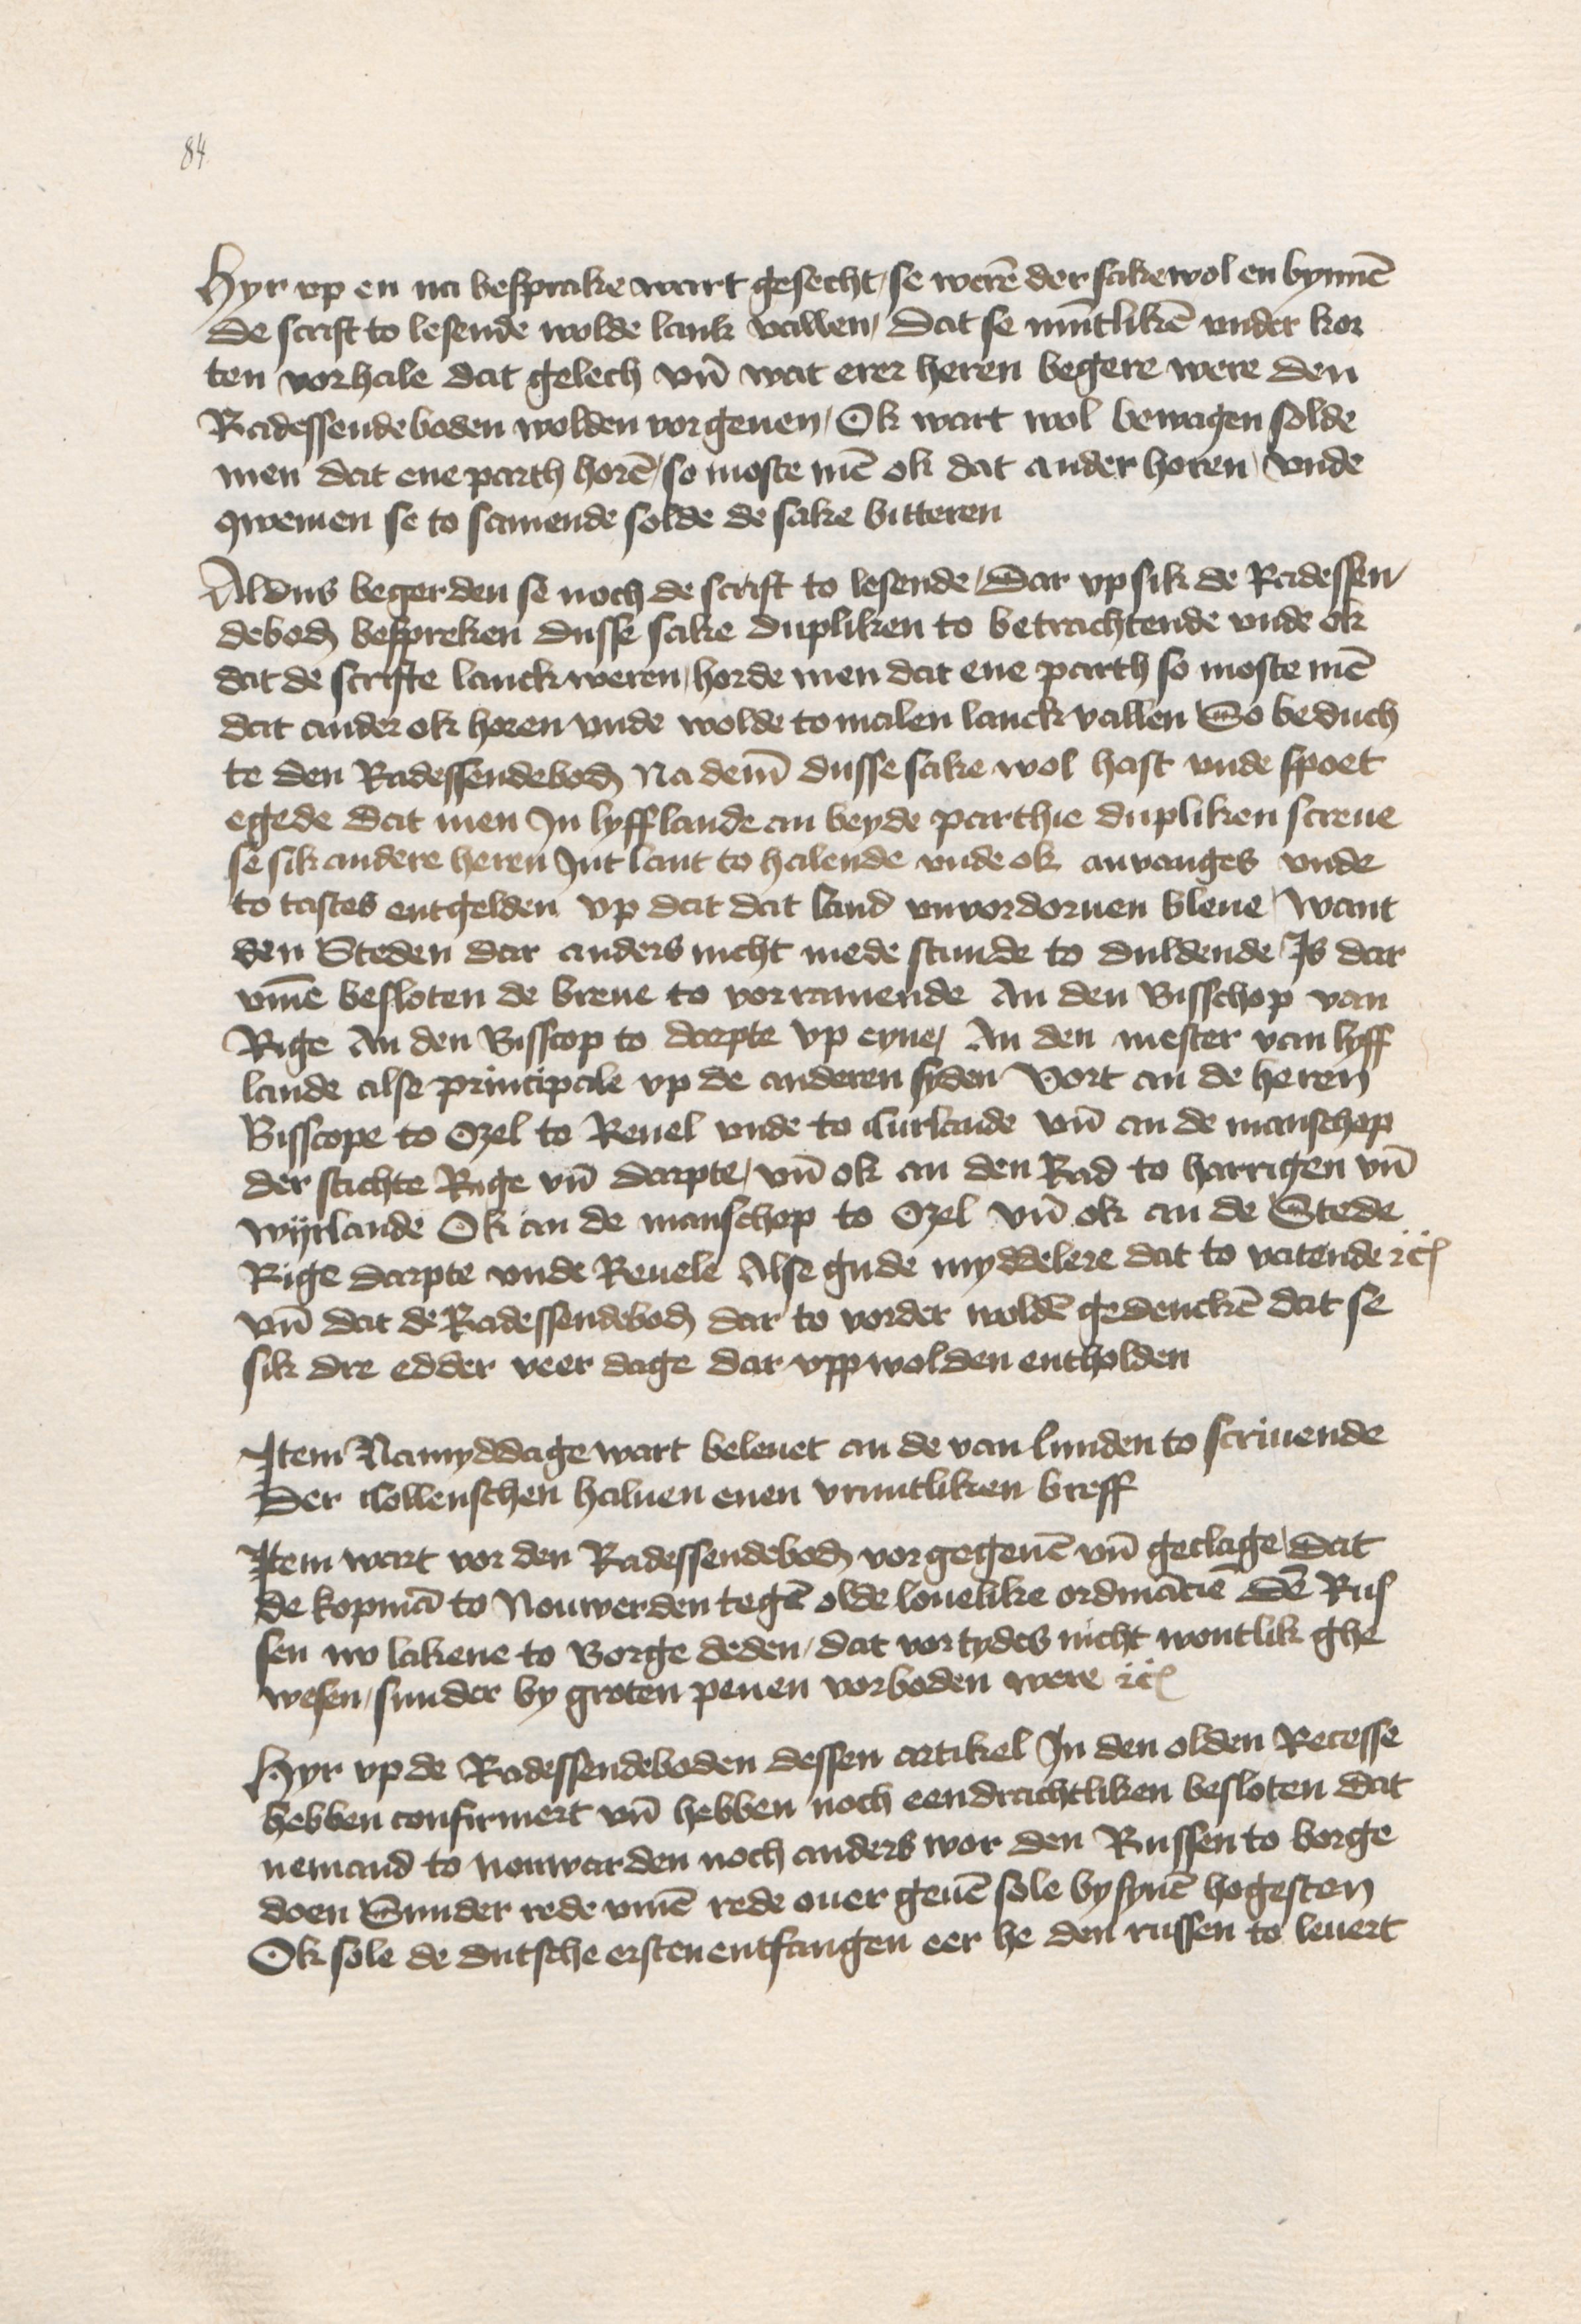
Hyr vp en na besprake wart gesecht, se weren der sake wol en bynnen
de scrift to lesende wolde lank vallen, dat se muntliken vnder kor¬
ten vorhale dat gelech vnd wat erer heren begere were den
Radessendeboden wolden vorgeuen, Ok wart wol bewagen solde
men dat ene parth horen so moste men ok dat ander horen, vnde
qwemen se to samende solde de sake bitteren

Aldus begerden se noch de scrift to lesende, dar vp sik de Radessen¬
deboden bespreken dusse sake dupliken to betrachtende vnde ok
dat de scrifte lanck weren, horde men dat ene parth so moste men
dat ander ok horen vnde wolde to malen lanck vallen So beduch¬
te den Radessendeboden na deme dusse sake wol hast vnde spoet
egede dat men Jn Lyfflande an beyde parthie dupliken screue
se sik andere heren Jnt lant to halende vnde ok anvanges vnde
to tastes entgelden vp dat dat land vnvordoruen bleue, want
den Steden dar anders nicht mede stunde to duldende Js dar¬
vmme besloten de breue to vorramende an den Bisschop van
Rige An den Bisscop to Darpte vp eyne, An den mester van Lyff¬
lande alse principale vp de anderen syden Vort an de heren
Bisscope to Ozel to Reuel vnde to Curlande vnd an de manschop
der stichte Rige vnd Darpte, vnd ok an den Rad to Harrigen vnd
Wijrlande Ok an de manschop to Ozel vnd ok an de Stede
Rige Darpte vnde Reuele Alse gude myddelere dat to vatende etc
vnd dat de Radessendeboden dat to vorder wolden gedencken dat se
sik dre edder veer dage dar vpp wolden entholden

Jtem Namyddage wart beleuet an de van Lunden to scriuende
der Collenschen haluen enen vruntliken breff

Jtem wart vor den Radessendeboden vorgegeuen vnd geclage, dat
de kopman to Nouwerden tegen olde louelike ordinancie den Rus¬
sen nv lakene to Borge deden, dat vor tydes nicht wontlik ghe¬
wesen, sunder by groten penen vorboden were etc

Hyr vp de Radessendeboden dessen artikel Jn den olden Recesse
hebben confirmert vnd hebben noch eendrachtliken besloten dat
nemand to Nouwarden noch anders wor den Russen to borge
doen Sunder rede vmme rede ouer geuen sole by synen hogesten
Ok sole de dutsche ersten entfangen eer he den russen to leuert